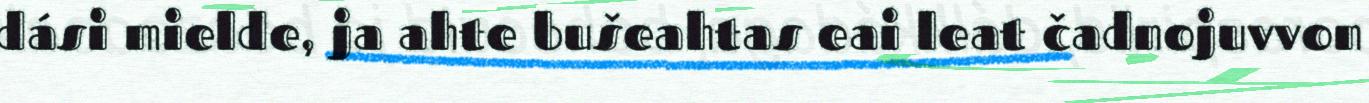
dási mielde, ja ahte bušeahtas eai leat čadnojuvvon